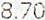
8.70